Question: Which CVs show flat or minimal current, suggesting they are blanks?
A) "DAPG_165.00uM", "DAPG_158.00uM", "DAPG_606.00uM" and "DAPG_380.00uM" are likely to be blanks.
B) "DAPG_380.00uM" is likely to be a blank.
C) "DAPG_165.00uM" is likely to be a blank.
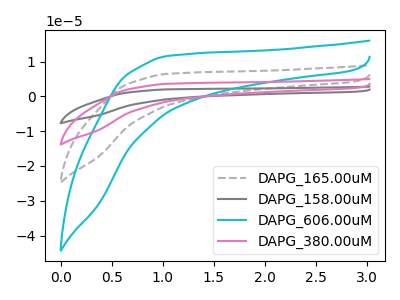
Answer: <think>The gray dashed curve "DAPG_165.00uM" has no peaks. The gray curve "DAPG_158.00uM" has no peaks. The cyan curve "DAPG_606.00uM" has no peaks. The pink curve "DAPG_380.00uM" has no peaks.</think>
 <answer>A) "DAPG_165.00uM", "DAPG_158.00uM", "DAPG_606.00uM" and "DAPG_380.00uM" are likely to be blanks.</answer>
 <eval>A</eval>